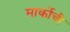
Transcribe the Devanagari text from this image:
मार्कोची